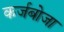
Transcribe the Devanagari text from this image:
कर्जबोजा